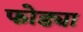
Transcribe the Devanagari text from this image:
फोड्या